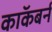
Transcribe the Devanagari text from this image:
काॅकबर्न